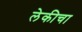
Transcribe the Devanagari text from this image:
लेकीचा